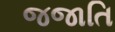
જજાતિ